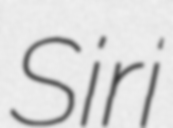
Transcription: Siri